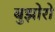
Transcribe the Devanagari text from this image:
बुझोरो